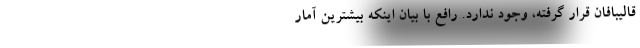
قالیبافان قرار گرفته، وجود ندارد. رافع با بیان اینکه بیشترین آمار